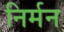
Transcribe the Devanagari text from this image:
निर्मन